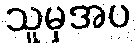
သူမှအပ